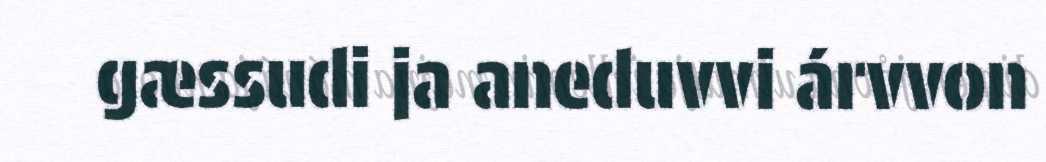
gæssudi ja aneduvvi árvvon